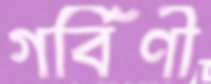
গর্বিণী